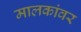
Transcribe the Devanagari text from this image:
मालकांवर